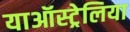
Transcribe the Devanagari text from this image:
याऑस्ट्रेलिया